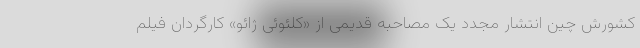
کشورش چین انتشار مجدد یک مصاحبه قدیمی از «کلئوئی ژائو» کارگردان فیلم